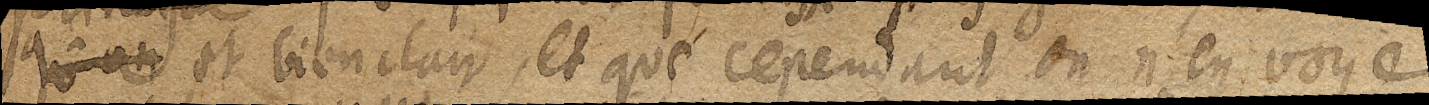
qu’on et bien clair, et que cependant on n’en voye